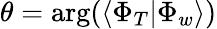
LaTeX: \theta=\arg(\langle\Phi_{T}|\Phi_{w}\rangle)